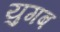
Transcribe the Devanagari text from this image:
युगब